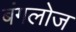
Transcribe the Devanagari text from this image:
बंगलोज